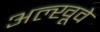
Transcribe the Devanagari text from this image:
अल्खूवे